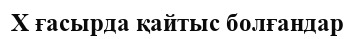
X ғасырда қайтыс болғандар